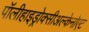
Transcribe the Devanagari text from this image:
पॉलीहाइड्रोक्सीअल्केनोएट